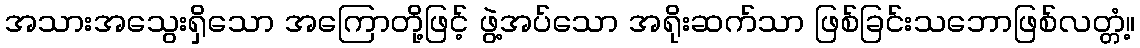
အသားအသွေးရှိသော အကြောတို့ဖြင့် ဖွဲ့အပ်သော အရိုးဆက်သာ ဖြစ်ခြင်းသဘောဖြစ်လတ္တံ့။